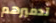
تدميرهم